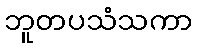
ဘူတပသံသကာ